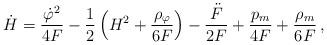
LaTeX: \begin{align*}\dot{H} = \frac{{\dot{\varphi}}^2}{4F} - \frac{1}{2} \left(H^2 +\frac{{\rho}_{\varphi}}{6F} \right) - \frac{\ddot{F}}{2F} +\frac{p_m}{4F} + \frac{\rho_m}{6F} \,,\end{align*}